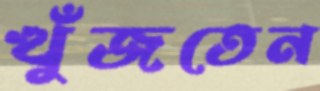
খুঁজতেন